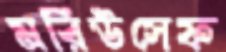
মরিউসেফ